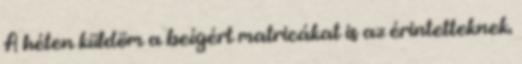
A héten küldöm a beígért matricákat is az érintetteknek.